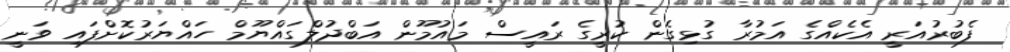
ފެބުރުއަރީ އެކެއްގެ އަމުރާ ގުޅިގެން ކުރީގެ ރައީސް މައުމޫން އަބްދުލްގައްޔޫމް ހައްޔަރުކޮށްފައި ވަނީ